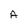
Character: A